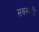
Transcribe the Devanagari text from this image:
सवस्वती